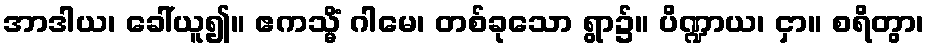
အာဒါယ၊ ခေါ်ယူ၍။ ဧကသ္မိံ ဂါမေ၊ တစ်ခုသော ရွာ၌။ ပိဏ္ဍာယ၊ ငှာ။ စရိတွာ၊